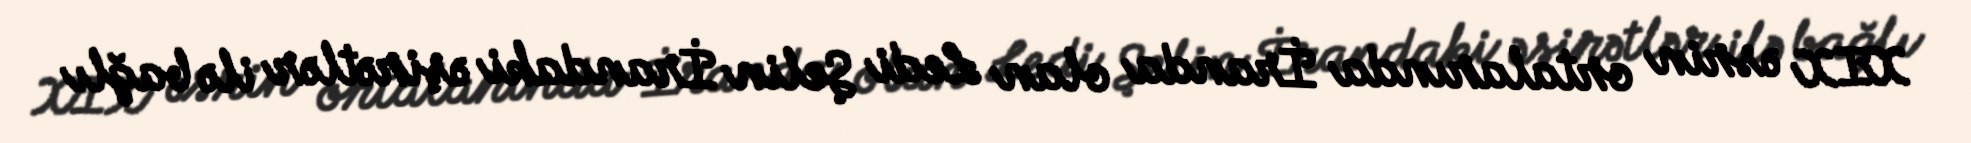
XIX əsrin ortalarında İranda olan Ledi Şelin İrandaki əşirətlər ilə bağlı